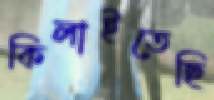
কিলাইতেছি